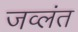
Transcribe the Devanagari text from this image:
जव्लंत